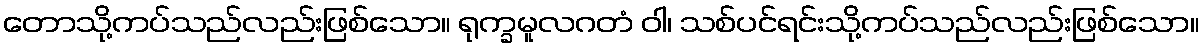
တောသို့ကပ်သည်လည်းဖြစ်သော။ ရုက္ခမူလဂတံ ဝါ၊ သစ်ပင်ရင်းသို့ကပ်သည်လည်းဖြစ်သော။